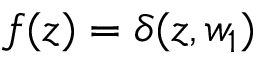
{ f ( z ) = \delta ( z , w _ { 1 } ) }